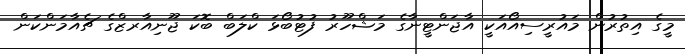
މީގެ އިތުރުން މައުރީސިއޯއަކީ އާޖަންޓީނާގެ މަޝްހޫރު ފުޓުބޯޅަ ކްލަބް ބޮކަ ޖޫނިއާރޒްގެ ޗެއާމަންކަން